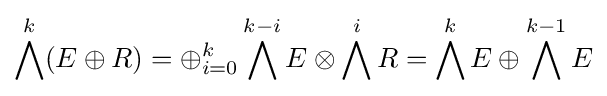
\bigwedge ^{k}(E\oplus R)=\oplus _{i=0}^{k}\bigwedge ^{k-i}E\otimes \bigwedge ^{i}R=\bigwedge ^{k}E\oplus \bigwedge ^{k-1}E